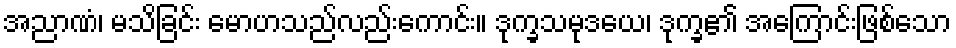
အညာဏံ၊ မသိခြင်း မောဟသည်လည်းကောင်း။ ဒုက္ခသမုဒယေ၊ ဒုက္ခ၏ အကြောင်းဖြစ်သော